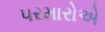
પરમારોએ